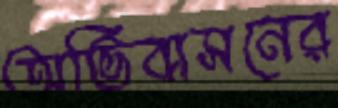
অভিবাসনের